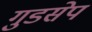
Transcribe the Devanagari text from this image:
गुडसेप